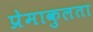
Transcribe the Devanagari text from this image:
प्रेमाकुलता